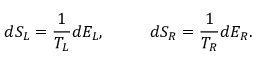
d S _ { L } = { \frac { 1 } { T _ { L } } } d E _ { L } , \ \ \ \ \ \ \ \ d S _ { R } = { \frac { 1 } { T _ { R } } } d E _ { R } .